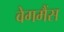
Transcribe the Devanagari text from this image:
वेगमैंस